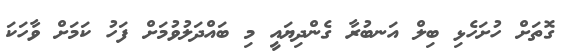
ގޮތަށް ހުށަހެޅި ބިލް އަނބުރާ ގެންދިޔައީ މި ބައްދަލުވުމަށް ފަހު ކަމަށް ވާހަކަ